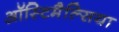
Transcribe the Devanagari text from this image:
ऑस्टिमैल्सिया